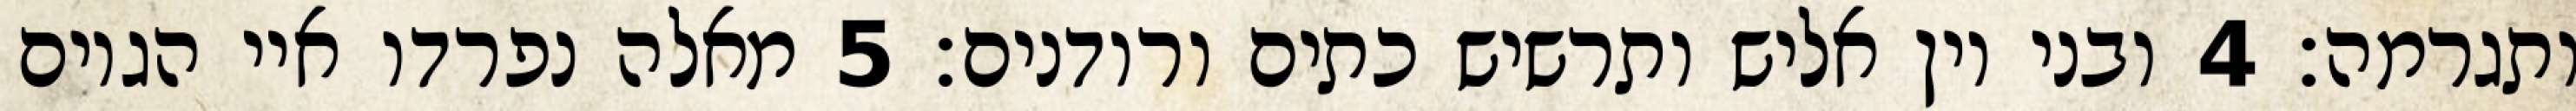
ותגרמה׃ ‎4‏ ובני יון אליש ותרשיש כתים ורודנים׃ ‎5‏ מאלה נפרדו איי הגוים